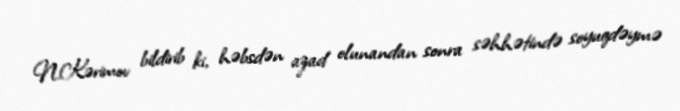
N.Kərimov bildirib ki, həbsdən azad olunandan sonra səhhətində soyuqdəymə